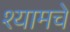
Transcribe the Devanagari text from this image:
श्यामचे